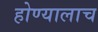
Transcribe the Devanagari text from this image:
होण्यालाच